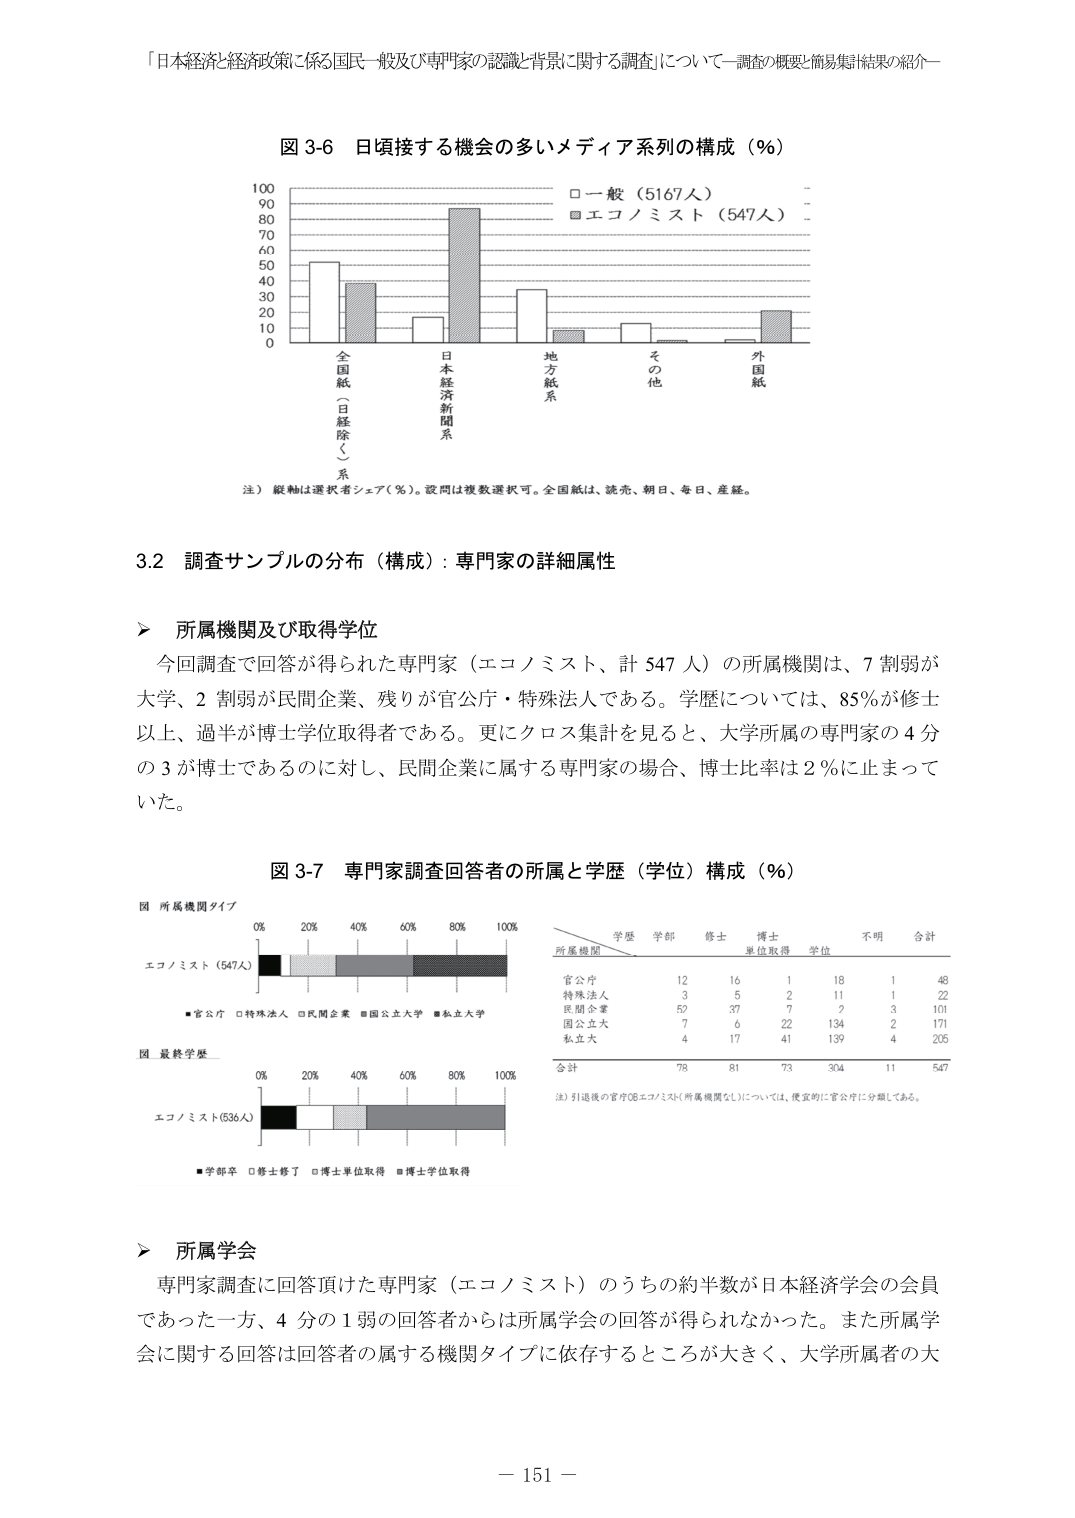
「日本経済と経済政策に係る国民一般及び専門家の認識と背景に関する調査」について－調査の概要と簡易集計結果の紹介－

図 3-6 日頃接する機会の多いメディア系列の構成（％）

0
10
20
30
40
50
60
70
80
90
100
全国紙
（日経除く）系
日本経済新聞系
地方紙系
その他
外国紙
□一般（5167人）
■エコノミスト（547人）

注）縦軸は選択者シェア（％）。設問は複数選択可。全国紙は、読売、朝日、毎日、産経。

3.2 調査サンプルの分布（構成）：専門家の詳細属性

＞ 所属機関及び取得学位
今回調査で回答が得られた専門家（エコノミスト、計 547 人）の所属機関は、7 割弱が大学、2 割弱が民間企業、残りが官公庁・特殊法人である。学歴については、85％が修士以上、過半が博士学位取得者である。更にクロス集計を見ると、大学所属の専門家の 4 分の 3 が博士であるのに対し、民間企業に属する専門家の場合、博士比率は 2％に止まっていた。

図 3-7 専門家調査回答者の所属と学歴（学位）構成（％）

図 所属機関タイプ
0% 20% 40% 60% 80% 100%
エコノミスト（547人）
■官公庁 □特殊法人 □民間企業 ■国公立大学 ■私立大学

図 最終学歴
0% 20% 40% 60% 80% 100%
エコノミスト（536人）
■学部卒 □修士修了 □博士単位取得 ■博士学位取得

所属機関＼学歴 学部 修士 博士 単位取得 学位 不明 合計
官公庁 12 16 1 18 1 48
特殊法人 3 5 2 11 1 22
民間企業 52 37 7 2 3 101
国公立大 7 6 22 134 2 171
私立大 4 17 41 139 4 205
合計 78 81 73 304 11 547

注）引退後の官庁OBエコノミスト（所属機関なし）については、便宜的に官公庁に分類してある。

＞ 所属学会
専門家調査に回答頂けた専門家（エコノミスト）のうちの約半数が日本経済学会の会員であった一方、4 分の 1 弱の回答者からは所属学会の回答が得られなかった。また所属学会に関する回答は回答者の属する機関タイプに依存するところが大きく、大学所属者の大

－ 151 －